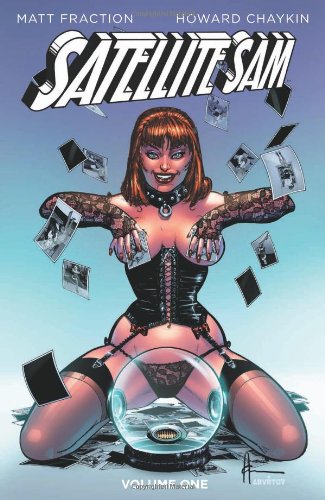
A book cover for Satellite Sam Vol. 1; Matt Fraction; Comics & Graphic Novels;